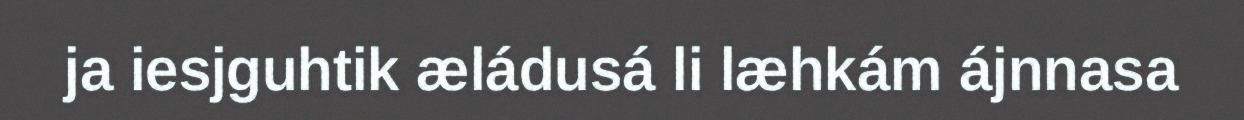
ja iesjguhtik æládusá li læhkám ájnnasa